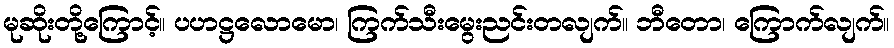
မုဆိုးတို့ကြောင့်။ ပဟဋ္ဌလောမော၊ ကြက်သီးမွေးညင်းတလျက်။ ဘီတော၊ ကြောက်လျက်။